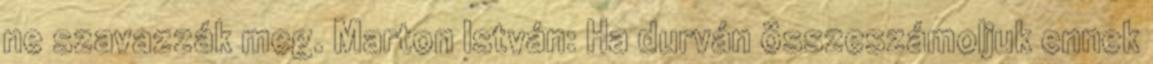
ne szavazzák meg. Marton István: Ha durván összeszámoljuk ennek